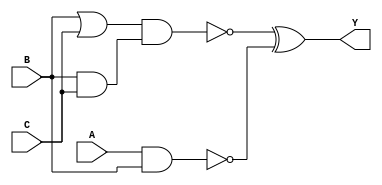
module circuit(A,B,C,Y);
	input A;
	input B;
	input C;
	output Y;
	wire w1, w2, w3, w4;
	
	nand n1(w1, A, B);
	or o1(w2, B, C);
	and a1(w3, B, C);
	nand n2(w4, w2, w3);
	xor x1(Y, w4, w1);
	
endmodule

module circuit_tb;
	reg [2:0]testin;
	wire Y;
	circuit dut(.A(testin[2]), .B(testin[1]), .C(testin[0]), .Y(Y) );
	
	initial begin
		$monitor($time, "  A=%b, B=%b, C=%b, Y=%b", testin[2],testin[1],testin[0],Y );
		testin = 3'b101;
		#10;
		testin = 3'b011;
		#10;
		testin = 3'b111;
		#10;
		testin = 3'b001;
		#10;
		testin = 3'b100;
		#10;
		testin = 3'b010;
		#10;
		testin = 3'b111;
		#10;
		testin = 3'b001;
		#10;
		testin = 3'b101;
		#10;
		
	end
endmodule